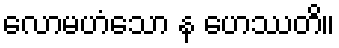
လောမဟံသော န ဟေဿတိ။